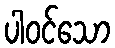
ပါဝင်သော